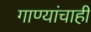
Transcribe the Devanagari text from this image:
गाण्यांचाही